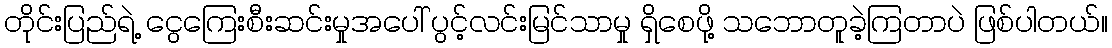
တိုင်းပြည်ရဲ့ ငွေကြေးစီးဆင်းမှုအပေါ် ပွင့်လင်းမြင်သာမှု ရှိစေဖို့ သဘောတူခဲ့ကြတာပဲ ဖြစ်ပါတယ်။